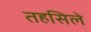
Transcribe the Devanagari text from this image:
तहसिले